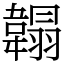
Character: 䪚